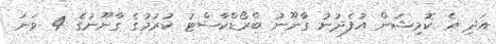
އަދި އެ ކޮމިޝަން އުފެދުނު ގާނޫނު ބްރޯޑްކާސްޓު ކުރުމުގެ ގާނޫނުގެ 4 ވަނަ